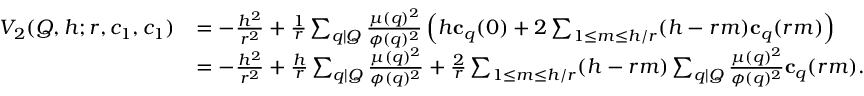
\begin{array} { r l } { V _ { 2 } ( Q , h ; r , c _ { 1 } , c _ { 1 } ) } & { = - \frac { h ^ { 2 } } { r ^ { 2 } } + \frac 1 r \sum _ { q | Q } \frac { \mu ( q ) ^ { 2 } } { \phi ( q ) ^ { 2 } } \left( h \mathbf c _ { q } ( 0 ) + 2 \sum _ { 1 \le m \le h / r } ( h - r m ) \mathbf c _ { q } ( r m ) \right) } \\ & { = - \frac { h ^ { 2 } } { r ^ { 2 } } + \frac h r \sum _ { q | Q } \frac { \mu ( q ) ^ { 2 } } { \phi ( q ) ^ { 2 } } + \frac 2 r \sum _ { 1 \le m \le h / r } ( h - r m ) \sum _ { q | Q } \frac { \mu ( q ) ^ { 2 } } { \phi ( q ) ^ { 2 } } \mathbf c _ { q } ( r m ) . } \end{array}